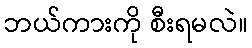
ဘယ်ကားကို စီးရမလဲ။